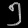
Digit: ၅